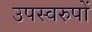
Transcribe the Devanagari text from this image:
उपस्वरुपों